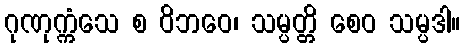
ဂုဏုက္ကံသေ စ ဝိဘဝေ၊ သမ္ပတ္တိ စေဝ သမ္ပဒါ။